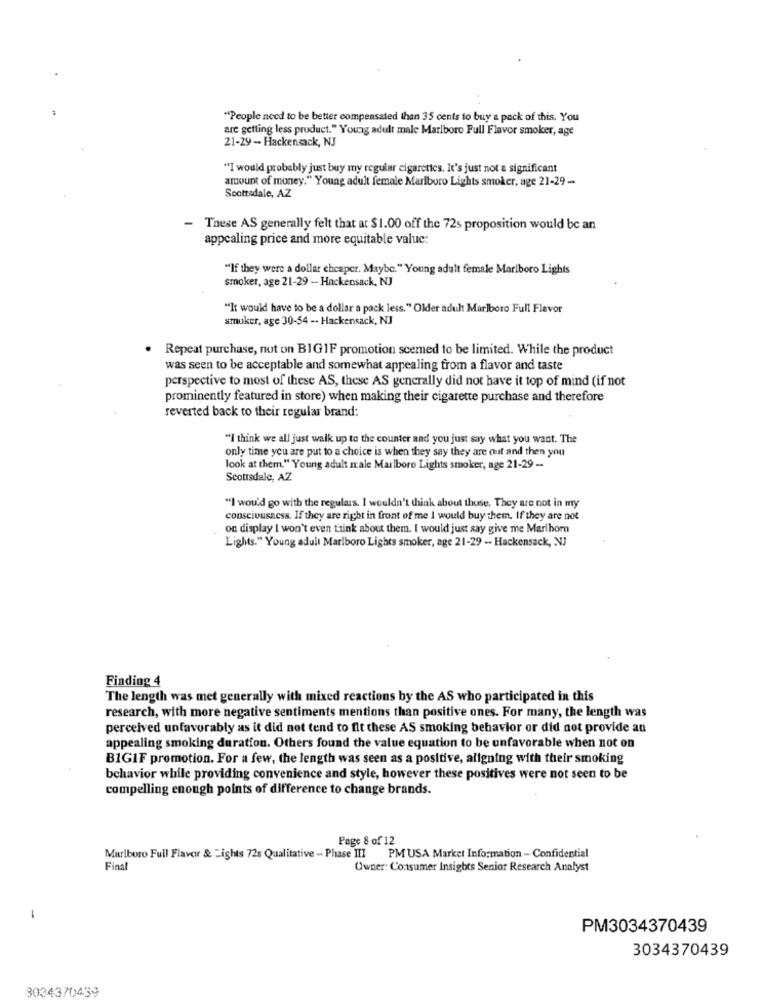
"People need to be better compensated than 35 cents to buy a pack of this. You
are getting less product." Young adult male Marlboro Full Flavor smoker, age
21-29 - Hackensack, NJ
"I would probably just buy my regular cigarettes. It's just not a significant
amount of money." Young adult female Marlboro Lights smoker, age 21-29 -
Scottsdale, AZ
- These AS generally felt that at $1.00 off the 72s proposition would be an
appcaling price and more equitable valuc:
"If they were a dollar cheaper. Maybe." Young adult female Marlboro Lights
smoker, age 21-29 - Hackensack, NJ
"It would have to be a dollar a pack less." Older adult Marlboro Full Flavor
smuker, age 30-54 -- Hackensack, NJ
Repeat purchase, not on BIG1F promotion scemed to be limited. While the product
was seen to be acceptable and somewhat appealing from a flavor and taste
perspective to most of these AS, these AS generally did not have it top of mind (if not
prominently featured in store) when making their cigarette purchase and therefore
reverted back to their regular brand:
"I think we all just walk up to the counter and you just say what you want. The
only time you are put to a choice is when they say they are out and then you
look at them." Young adult male Marlboro Lights smoker, age 21-29 --
Scottsdale, AZ
"I wou'd go with the regulars. I wouldn't think about those. They are not in my
consciousness. If they are right in front of me I would buy them. If they are not
on display I won't even frink about them. I would just say give me Maribor
Lights." Young adult Marlboro Lights smoker, age 21-29 -. Hackensack, NJ
4
Finding 4
The length was met generally with mixed reactions by the AS who participated in this
research, with more negative sentiments mentions than positive ones. For many, the length was
perceived unfavorably as it did not tend to fit these AS smoking behavior or did not provide an
appealing smoking duration. Others found the value equation to be unfavorable when not on
B1GIF promotion. For a few, the length was seen as a positive, aligning with their smoking
behavior while providing convenience and style, however these positives were not seen to be
compelling enough points of difference to change brands.
Page 8 of 12
Marlboro Full Flavor & Lights 72s Qualitative - Phase III PM USA Market Information - Confidential
Final
Owner: Consumer Insights Senior Research Analyst
-
PM3034370439
3034370439
3034370439